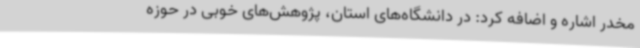
مخدر اشاره و اضافه کرد: در دانشگاه‌های استان، پژوهش‌های خوبی در حوزه